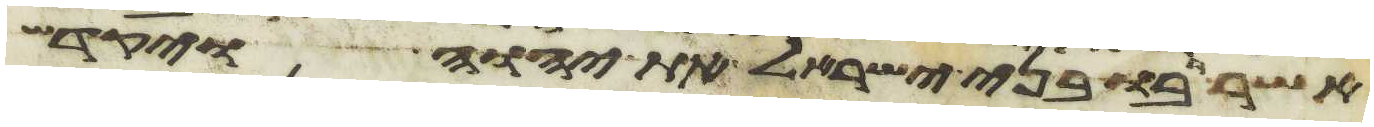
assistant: אשר רבו בני ישראל את יהוה ויקדש